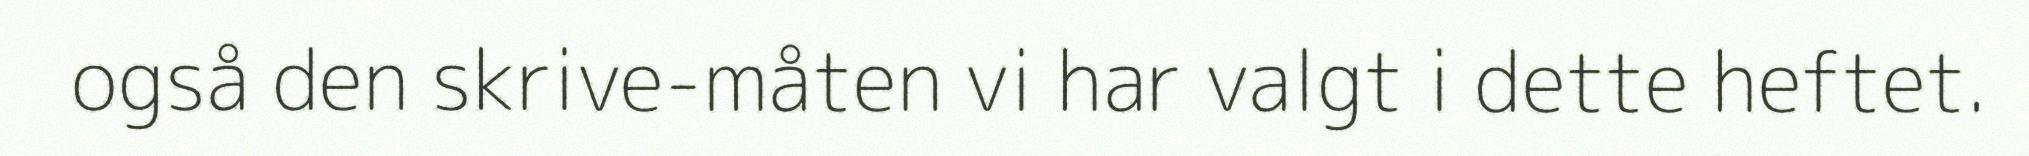
også den skrive-måten vi har valgt i dette heftet.